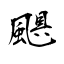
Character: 颶